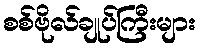
စစ်ဗိုလ်ချုပ်ကြီးများ